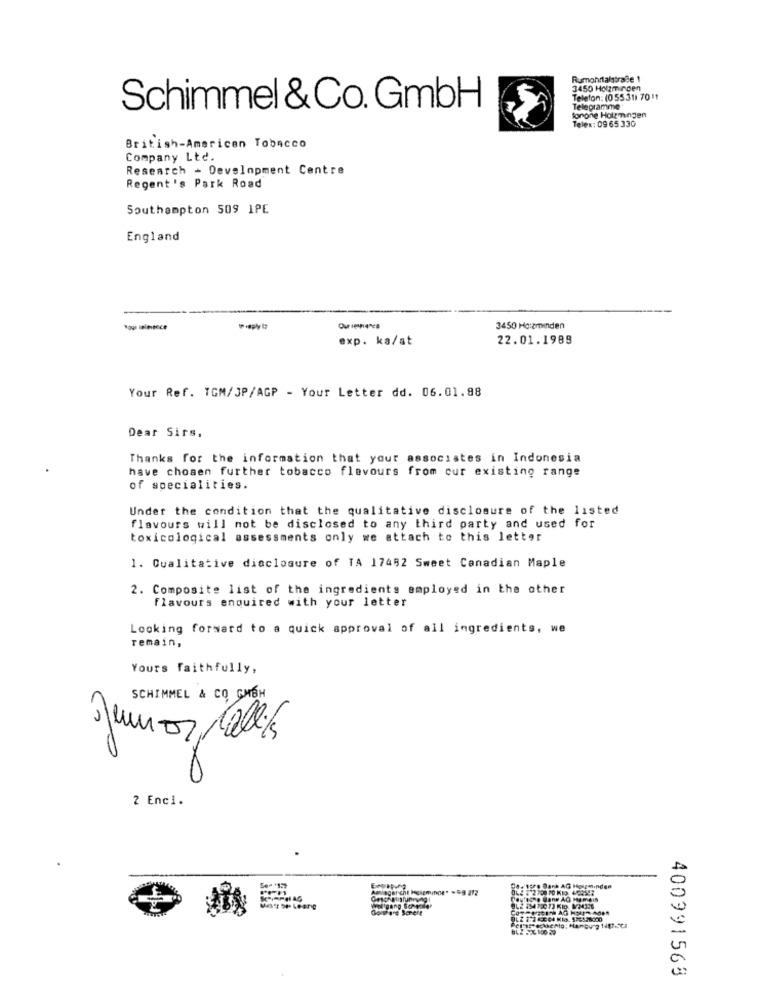
Rumohrtalstraße 1
3450 Holzminden
Telefon: (0 55 31) 7011
Schimmel & Co. GmbH
Telepramme
forone Holzmingen
Teles: 09 65 330
British-American Tobacco
Company Ltd.
Research - Development Centre
Regent's Park Road
Southampton 509 1PE
England
3450 Ho:aminden
exp. ka/at
22.01.1988
Your Ref. TGM/SP/AGP - Your Letter dd. 06.01.98
Dear Sirs,
Thanks for the information that your associates in Indonesia
have chosen further tobacco flavours from cur existing range
of specialities.
Under the condition that the qualitative disclosure of the listed
flavours will not be disclosed to any third party and used for
toxicological assessments only we attach to this letter
1. Qualitative disclosure of TA 17482 Sweet Canadian Maple
2. Composite list of the ingredients employed in the other
flavours enquired with your letter
Looking forward to a quick approval of all ingredients, we
remain,
Yours faithfully,
SCHIMMEL & CO CHEH
Junio, ch
2 Enci.
che Helgminge" -49 212
24/'stre Bank AG Holzminden
Cautoche Bane AO Mameis
400991563